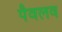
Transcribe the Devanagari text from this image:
पैवलव